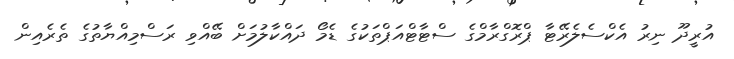
އުރީދޫ ނިރު އެކްސެލެރޭޓާ ޕްރޮގްރާމްގެ ސްޓާޓްއަޕްތަކުގެ ޑެމޯ ދައްކާލުމަށް ބޭއްވި ރަސްމިއްޔާތުގެ ތެރެއިން